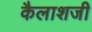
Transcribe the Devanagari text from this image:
कैलाशजी